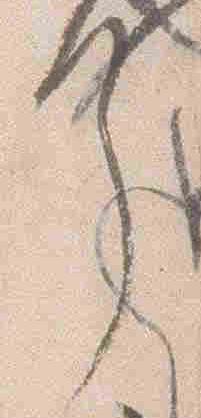
了